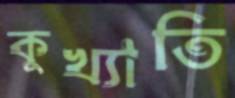
কুখ্যাতি